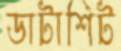
ডাটাশিট